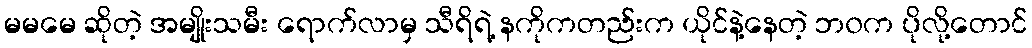
မမမေ ဆိုတဲ့ အမျိုးသမီး ရောက်လာမှ သီရိရဲ့ နကိုကတည်းက ယိုင်နဲ့နေတဲ့ ဘ၀က ပိုလို့တောင်